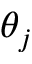
\theta _ { j }